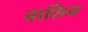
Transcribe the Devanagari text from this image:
वाशिन